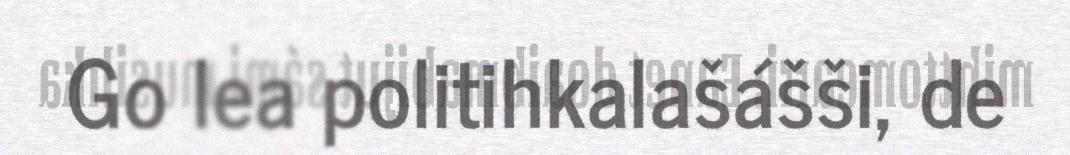
Go lea politihkalašášši, de